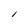
Character: i